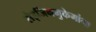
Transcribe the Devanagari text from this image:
सेइजिनमुकेमांगा